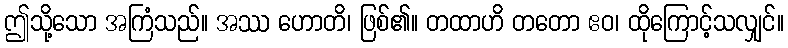
ဤသို့သော အကြံသည်။ အဿ ဟောတိ၊ ဖြစ်၏။ တထာဟိ တတော ဧဝ၊ ထိုကြောင့်သလျှင်။